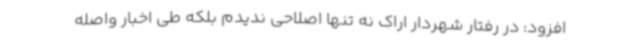
افزود: در رفتار شهردار اراک نه تنها اصلاحی ندیدم بلکه طی اخبار واصله